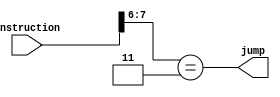
module isJumpInstruction(instruction,jump);

parameter JMP=2'h3;
input [7:0]instruction;
output jump;
wire jump;

	assign jump=(instruction[7:6]==JMP);
	
endmodule